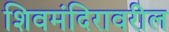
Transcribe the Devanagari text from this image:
शिवमंदिरावरील